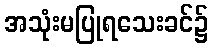
အသုံးမပြုရသေးခင်၌